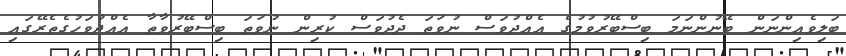
ބަލިވެއިންނަން ބޭނުންނަމަ ބިސްބޭރުވުމުގެ އެއްދުވަސް ނުވަތަ ދެދުވަސް ކުރިން ނުވަތަ ބިސްބޭރުވާތާ އެއްދުވަހުގެތެރޭގައި